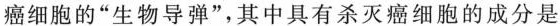
癌细胞的”生物导弹”，其中具有杀灭癌细胞的成分是